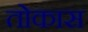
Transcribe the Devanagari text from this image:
तोकास